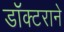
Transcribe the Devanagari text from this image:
डॉक्टराने